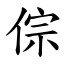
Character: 倧